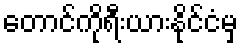
တောင်ကိုရီးယားနိုင်ငံမှ